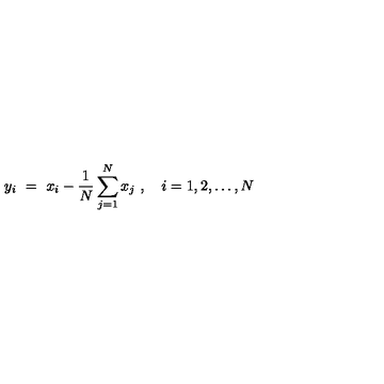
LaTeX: y _ { i } \ = \ x _ { i } - \frac { 1 } { N } \sum _ { j = 1 } ^ { N } x _ { j } \ , \quad i = 1 , 2 , \ldots , N